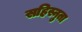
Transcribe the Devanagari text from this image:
सहिस्नुता